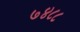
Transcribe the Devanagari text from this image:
७४८८